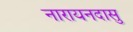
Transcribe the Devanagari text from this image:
नारायनदासु